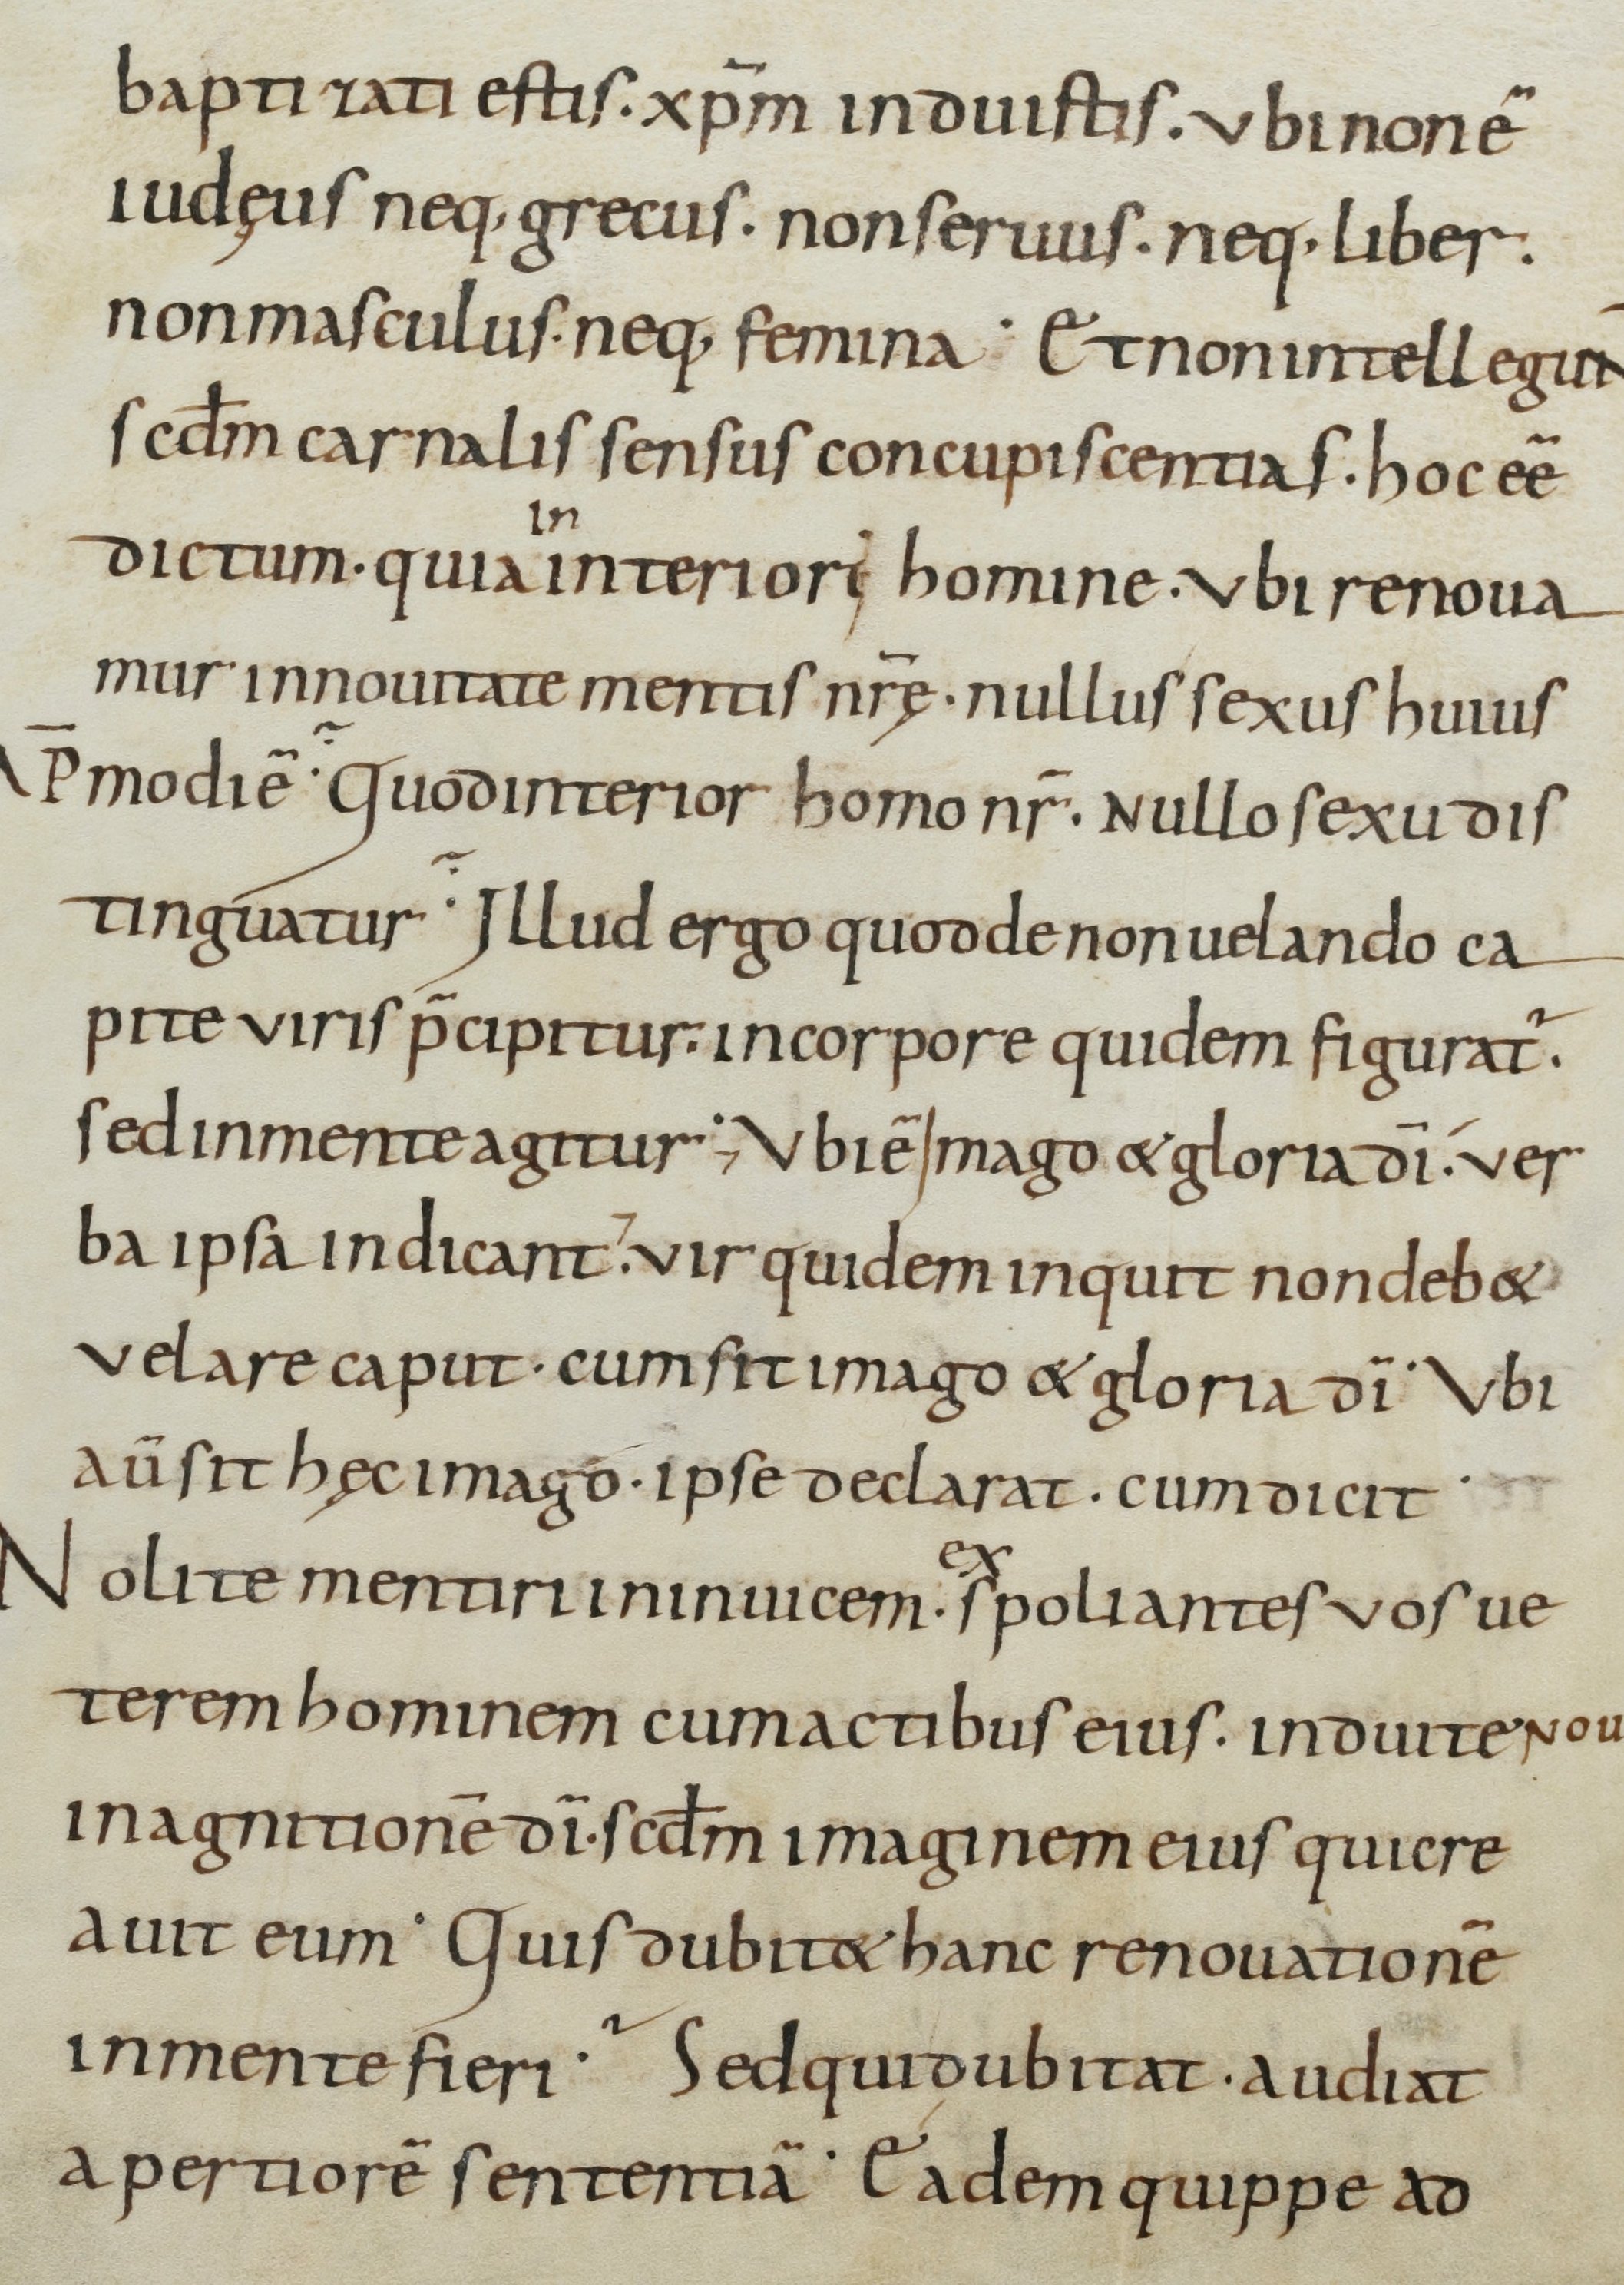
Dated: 800–899